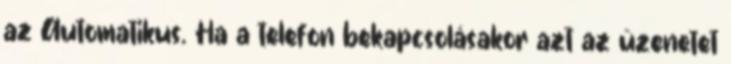
az Automatikus. Ha a telefon bekapcsolásakor azt az üzenetet